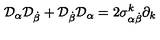
{ \cal D } _ { \alpha } { \cal D } _ { \dot { \beta } } + { \cal D } _ { \dot { \beta } } { \cal D } _ { \alpha } = 2 { \sigma } _ { \alpha \dot { \beta } } ^ { k } \partial _ { k }